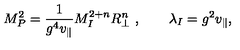
M _ { P } ^ { 2 } = \frac { 1 } { g ^ { 4 } v _ { \parallel } } M _ { I } ^ { 2 + n } R _ { \perp } ^ { n } \ , \qquad \lambda _ { I } = g ^ { 2 } v _ { \parallel } ,